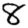
Digit: 8